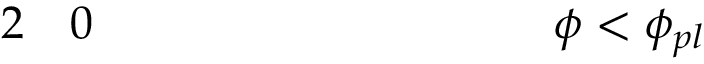
\begin{array} { r l } { { 2 } } & { { } 0 \quad \quad \quad \quad \quad \quad \quad \quad \quad \quad \phi < \phi _ { p l } } \end{array}